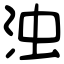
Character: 浊